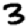
Digit: 3